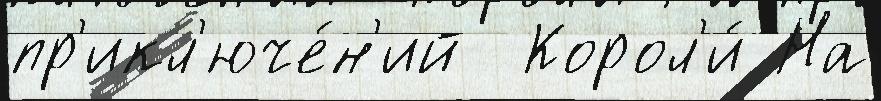
пр'икл'юче́н'ий  Корол'и́ На